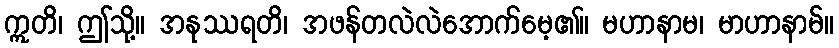
ဣတိ၊ ဤသို့။ အနုဿရတိ၊ အဖန်တလဲလဲအောက်မေ့၏။ မဟာနာမ၊ မာဟာနာမ်။